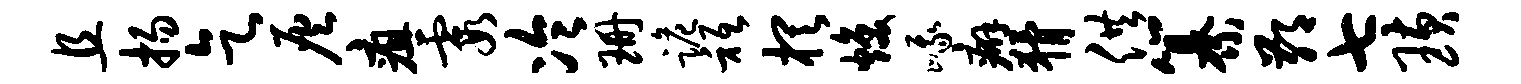
且扬乞灰疽霞冷珊跪只棋焕峨癖猾供纂鄙七璜